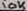
Text: 10K